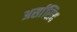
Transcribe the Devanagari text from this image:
अर्सासिद